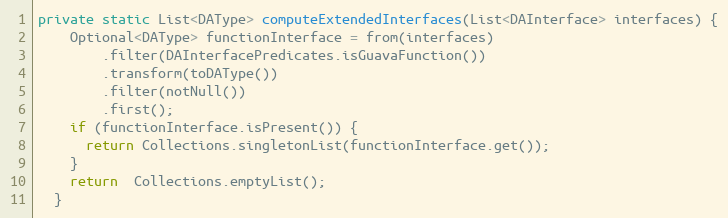
Language: Java
private static List<DAType> computeExtendedInterfaces(List<DAInterface> interfaces) {
    Optional<DAType> functionInterface = from(interfaces)
        .filter(DAInterfacePredicates.isGuavaFunction())
        .transform(toDAType())
        .filter(notNull())
        .first();
    if (functionInterface.isPresent()) {
      return Collections.singletonList(functionInterface.get());
    }
    return  Collections.emptyList();
  }